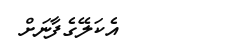
އެކަލޭގެފާނަށް